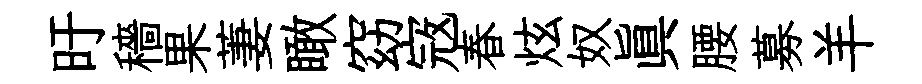
旴穡果萋瞰窈𡨥春炫奴眞腰募羊